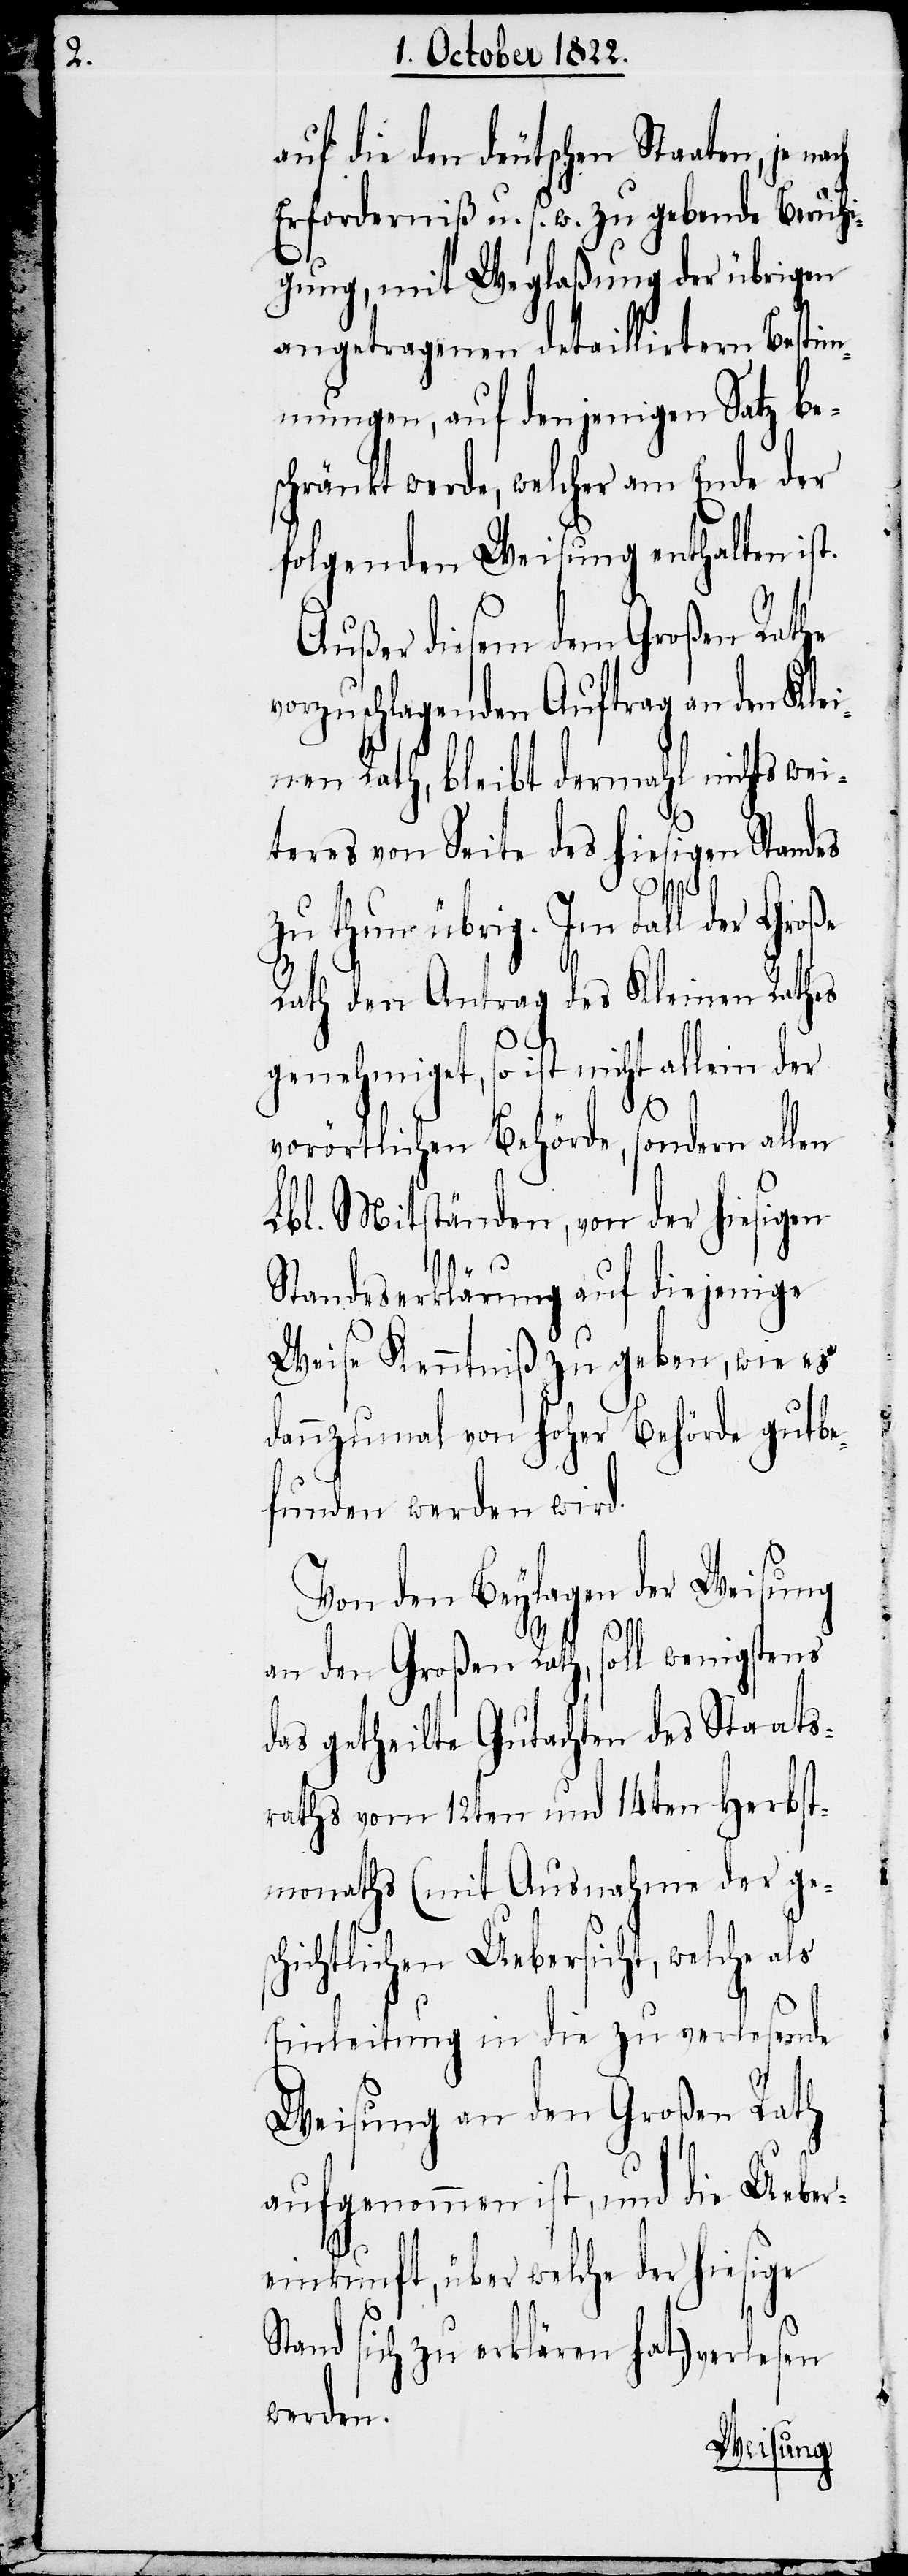
auf die den deutschen Staaten, je
Erforderniß u. s. w. zu gebende Beruhi¬
gung, mit Weglaßung der übrigen
angetragenen detaillirtern Bestim¬
mungen, auf denjenigen Satz be¬
schränkt werde, welcher am Ende der
folgenden Weisung enthalten ist.
Außer diesem dem Großen Rathe
vorzuschlagenden Auftrag an den Kle¬
inen Rath, bleibt dermahl nichts we¬
iteres von Seite des hiesigen Standes
zu thun übrig. Im Fall der Große
Rath den Antrag des Kleinen Rathes
genehmiget, so ist nicht allein
vorörtlichen Behörde, sondern allen
Lbl. Mitständen, von der hiesigen
Standeserklärung auf diejenige
Weise Kenntniß zu geben, wie es
dannzumal von hoher Behörde gutb¬
efunden werden wird.
Von den Beylagen der Weisung
an den Großen Rath, soll wenigstens
das getheilte Gutachten des Staats¬
raths vom 12ten und 14ten Herbst¬
monaths (mit Ausnahme der ges¬
chichtlichen Uebersicht, welche als
Einleitung in die zu verlesende
Weisung an den Großen Rath
aufgenommen ist, und die Ueber¬
einkunft, über welche der hiesige
S¬
tand sich zu erklären hat) verlesen
werden.